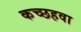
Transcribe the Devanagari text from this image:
कच्छहवा